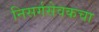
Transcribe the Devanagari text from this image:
निसर्गसेवकचा